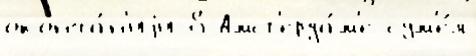
оконча́н'иjи 8 Амст'ерда́м'е сум'е́л